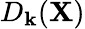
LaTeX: D_{\mathbf{k}}({\mathbf{X}})